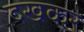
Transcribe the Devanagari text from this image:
दखकर